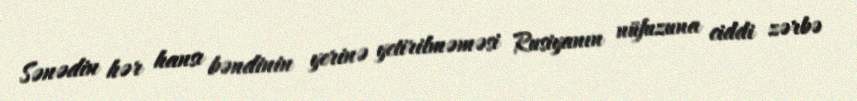
Sənədin hər hansı bəndinin yerinə yetirilməməsi Rusiyanın nüfuzuna ciddi zərbə